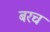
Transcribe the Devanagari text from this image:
बरच